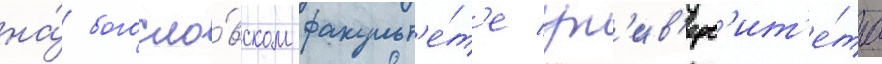
на́ богосло́вском факульт'е́т'е ун'ив'ерс'ит'е́та